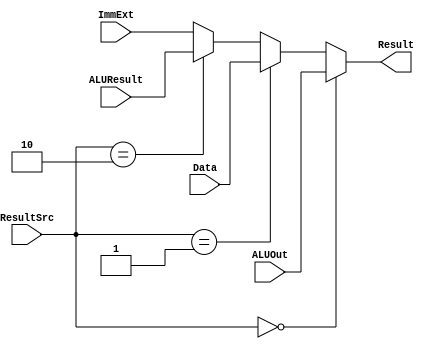
module result_mux (input  [31:0] ALUOut, Data, ALUResult,ImmExt,input  [1:0] ResultSrc,output [31:0] Result);
     assign Result = (ResultSrc==2'b00)?ALUOut:(ResultSrc==2'b01)?Data:(ResultSrc==2'b10)?ALUResult:ImmExt;
endmodule